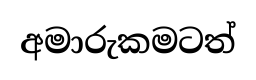
අමාරුකමටත්